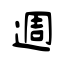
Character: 週